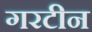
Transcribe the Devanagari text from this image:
गरटीन